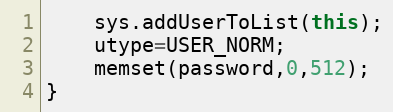
Language: C++
	sys.addUserToList(this);
	utype=USER_NORM;
	memset(password,0,512);
}